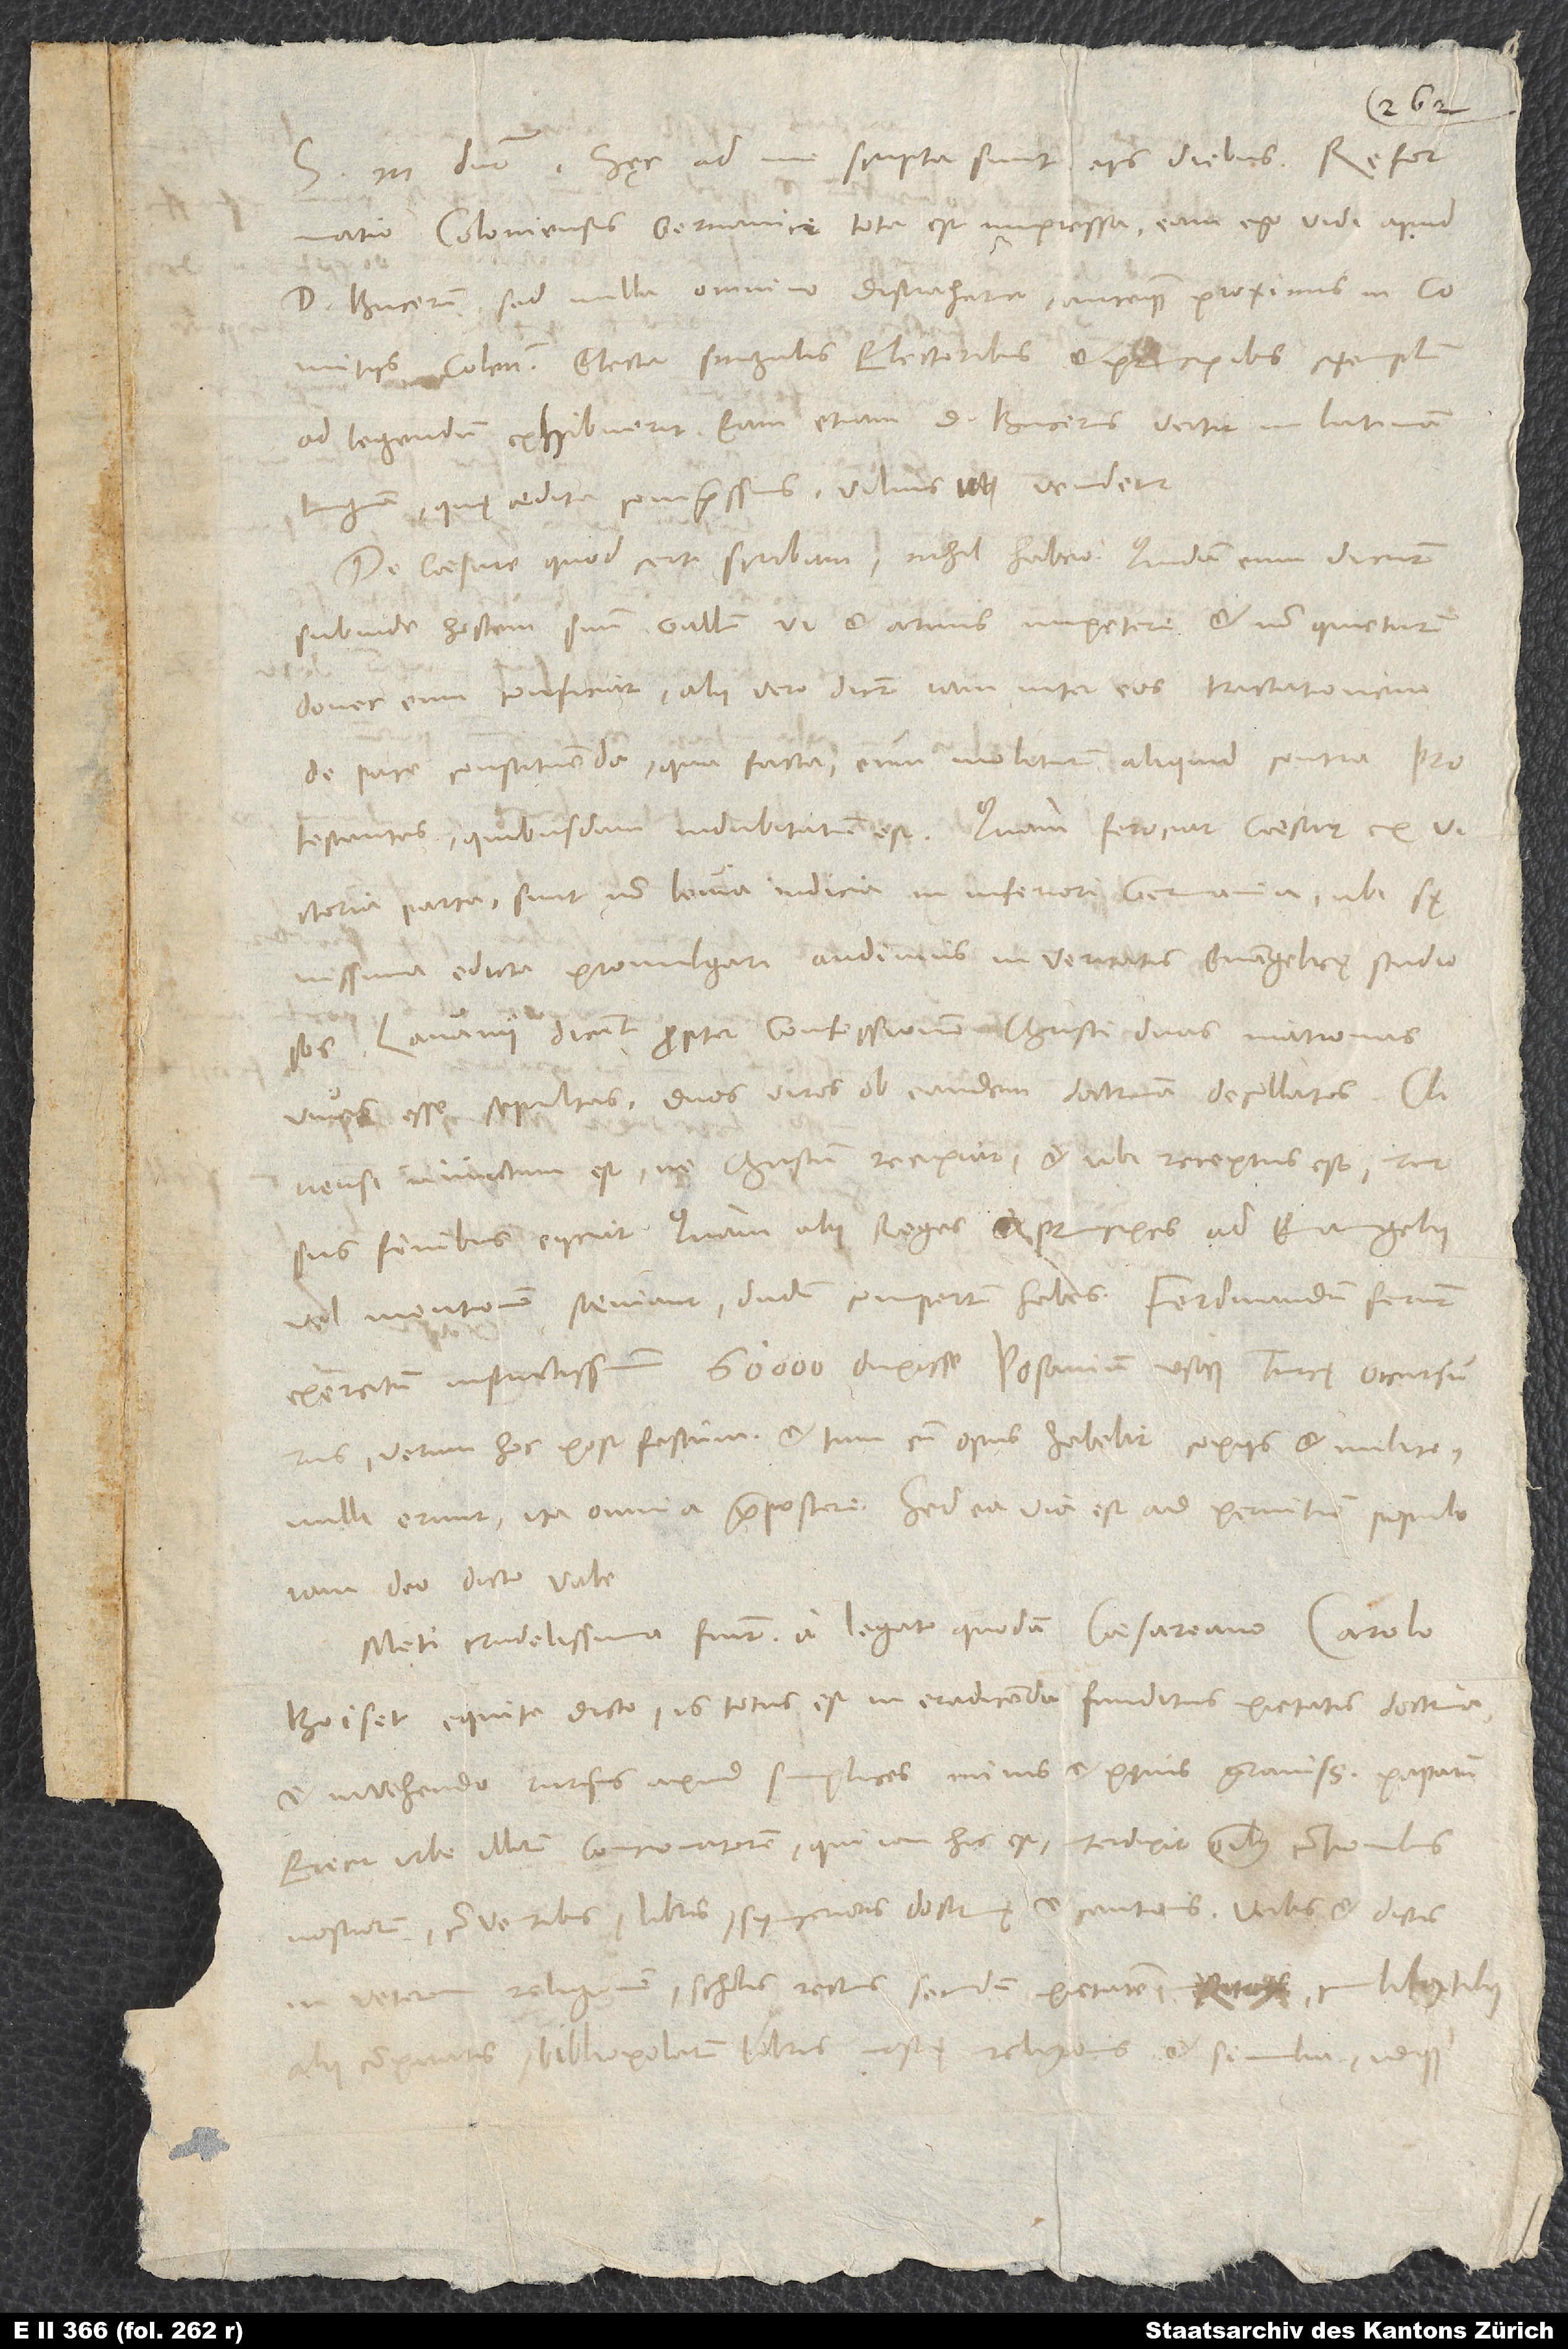
Hęc ad me scripta sunt iis diebus: „Reformatio
Coloniensis Germanice tota est impressa; eam ego vidi apud
d. Bucerum, sed nulla omnino distrahetur, antequam proximis in comitiis
Coloniensis elector singulis electoribus et principibus exemplum
ad legendum exhibuerit. Eam etiam d. Bucerus vertit in Latinam
linguam, quę aedita compressius vilius vendetur.
De caesare quod certi scribam, nihil habeo. Quidam eum dicunt
subinde hostem suum Gallum vi et armis impetere et non quieturum,
donec eum conficiat; alii vero dicunt iam inter eos tractationem
de pace constituenda; qua facta eum moliturum aliquid contra
protestantes quibusdam indubitatum est. Quam ferociat caesar ex
victoria parta, sunt non levia indicia in Inferiori Germania, ubi
sęvissima edicta promulgari audimus in veritatis evangelicę studiosos.
Lovanii dicunt propter confessionem Christi duas matronas
vivas esse sepultas, duos viros ob eandem doctrinam decollatos.
Clivensi iniunctum est, ne Christum recipiat, et ubi receptus est, rursus
finibus eiiciat. Quam alii reges et principes ad evangelii
vel mentionem saeviant, dudum compertum habes. Ferdinandum ferunt
exercitum instructissimum 60’000 duxisse Posanium usque Turcę occursurus,
verum hoc post festum, et tum, cum opus habebit copiis et milite,
nulli erunt; ita omnia praepostere. Sed ea via est ad pernitiem populo
iam deo dicto vale.
Meti crudelissima fiunt a legato quodam caesareano Carolo
Boiset equite dicto; is totus est in eradicanda funditus pietatis doctrina
et invehendo rursus apud simplices minis et pęnis gravissimis papatum.
Eiecit urbe illorum concionatorem, qui iam hic est; interdixit omnibus contionibus
nostrorum, conventibus, libris syncerioris doctrinę et cantionis, verbis et dictis
veterem religionem, scholis rectis secundum pietatem, cum designare suum